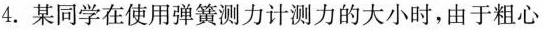
4.某同学在使用弹簧测力计测力的大小时，由于粗心